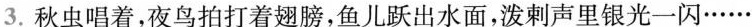
3.秋虫唱着，夜鸟拍打着翅膀，鱼儿跃出水面，泼剌声里银光一闪…… ( )